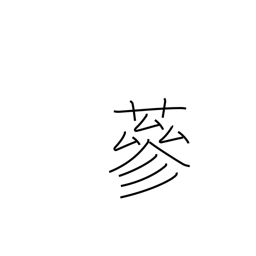
Meaning: luxurious growth of grass